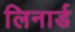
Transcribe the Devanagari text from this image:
लिनार्ड